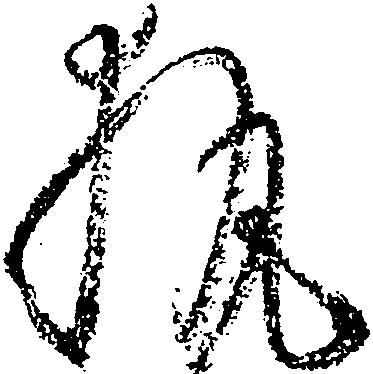
執